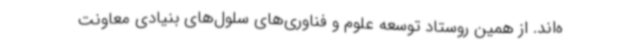
ه‌اند. از همین روستاد توسعه علوم و فناوری‌های سلول‌های بنیادی معاونت